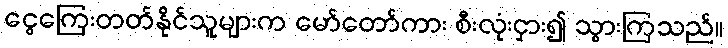
ငွေကြေးတတ်နိုင်သူများက မော်တော်ကား စီးလုံးငှား၍ သွားကြသည်။